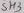
Text: SH3